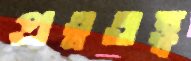
প্রত্নতত্ত্ব